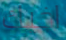
اخيك